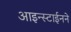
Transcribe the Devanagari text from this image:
आइन्स्टाईनने